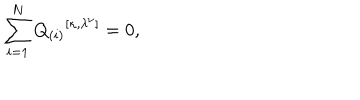
LaTeX: \sum _ { i = 1 } ^ { N } { Q _ { ( i ) } } ^ { [ \kappa , \lambda ^ { \nu } ] } = 0 ,